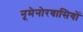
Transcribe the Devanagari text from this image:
नूमेनोरवासियों